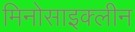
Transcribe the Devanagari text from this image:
मिनोसाइक्लीन